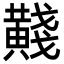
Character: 𪏊